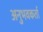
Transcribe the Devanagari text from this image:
अनुभवकर्ता